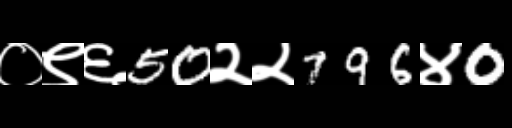
Text: ०९६50२२796४0